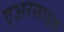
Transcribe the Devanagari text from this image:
एअरसाइड